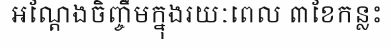
អណ្តែងចិញ្ចឹមក្នុងរយៈពេល ៣ខែកន្លះ